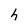
Character: h